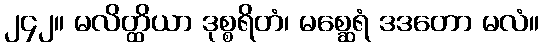
၂၄၂။ မလိတ္ထိယာ ဒုစ္စရိတံ၊ မစ္ဆေရံ ဒဒတော မလံ။